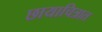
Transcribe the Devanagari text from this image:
छायाचित्रात